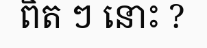
ពិត ៗ នោះ ?